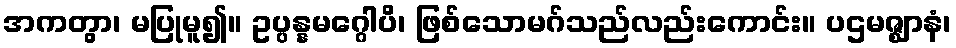
အကတွာ၊ မပြုမူ၍။ ဥပ္ပန္နမဂ္ဂေါပိ၊ ဖြစ်သောမဂ်သည်လည်းကောင်း။ ပဌမဇ္ဈာနံ၊